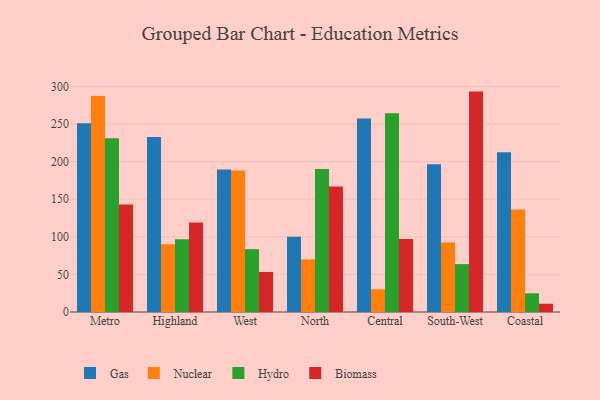
{"axis": {"x": "Region", "y": "Website Visitors"}, "legend": ["Biomass", "Gas", "Hydro", "Nuclear"], "data": [{"x": "Metro", "y": 251.1, "type": "Gas"}, {"x": "Metro", "y": 287.2, "type": "Nuclear"}, {"x": "Metro", "y": 231.0, "type": "Hydro"}, {"x": "Metro", "y": 142.9, "type": "Biomass"}, {"x": "Highland", "y": 232.7, "type": "Gas"}, {"x": "Highland", "y": 90.2, "type": "Nuclear"}, {"x": "Highland", "y": 96.9, "type": "Hydro"}, {"x": "Highland", "y": 118.9, "type": "Biomass"}, {"x": "West", "y": 189.4, "type": "Gas"}, {"x": "West", "y": 188.2, "type": "Nuclear"}, {"x": "West", "y": 83.6, "type": "Hydro"}, {"x": "West", "y": 53.2, "type": "Biomass"}, {"x": "North", "y": 100.2, "type": "Gas"}, {"x": "North", "y": 69.9, "type": "Nuclear"}, {"x": "North", "y": 190.3, "type": "Hydro"}, {"x": "North", "y": 166.9, "type": "Biomass"}, {"x": "Central", "y": 257.4, "type": "Gas"}, {"x": "Central", "y": 30.2, "type": "Nuclear"}, {"x": "Central", "y": 264.4, "type": "Hydro"}, {"x": "Central", "y": 97.2, "type": "Biomass"}, {"x": "South-West", "y": 196.4, "type": "Gas"}, {"x": "South-West", "y": 92.3, "type": "Nuclear"}, {"x": "South-West", "y": 63.7, "type": "Hydro"}, {"x": "South-West", "y": 293.1, "type": "Biomass"}, {"x": "Coastal", "y": 212.3, "type": "Gas"}, {"x": "Coastal", "y": 136.4, "type": "Nuclear"}, {"x": "Coastal", "y": 24.8, "type": "Hydro"}, {"x": "Coastal", "y": 11.0, "type": "Biomass"}]}